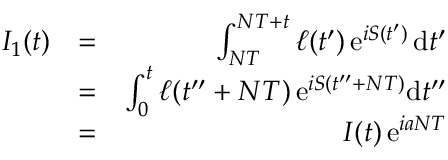
\begin{array} { r l r } { I _ { 1 } ( t ) } & { = } & { \int _ { N T } ^ { N T + t } \ell ( t ^ { \prime } ) \, \mathrm { e } ^ { i S ( t ^ { \prime } ) } \, \mathrm { d } t ^ { \prime } } \\ & { = } & { \int _ { 0 } ^ { t } \ell ( t ^ { \prime \prime } + N T ) \, \mathrm { e } ^ { i S ( t ^ { \prime \prime } + N T ) } \mathrm { d } t ^ { \prime \prime } } \\ & { = } & { I ( t ) \, \mathrm { e } ^ { i a N T } } \end{array}